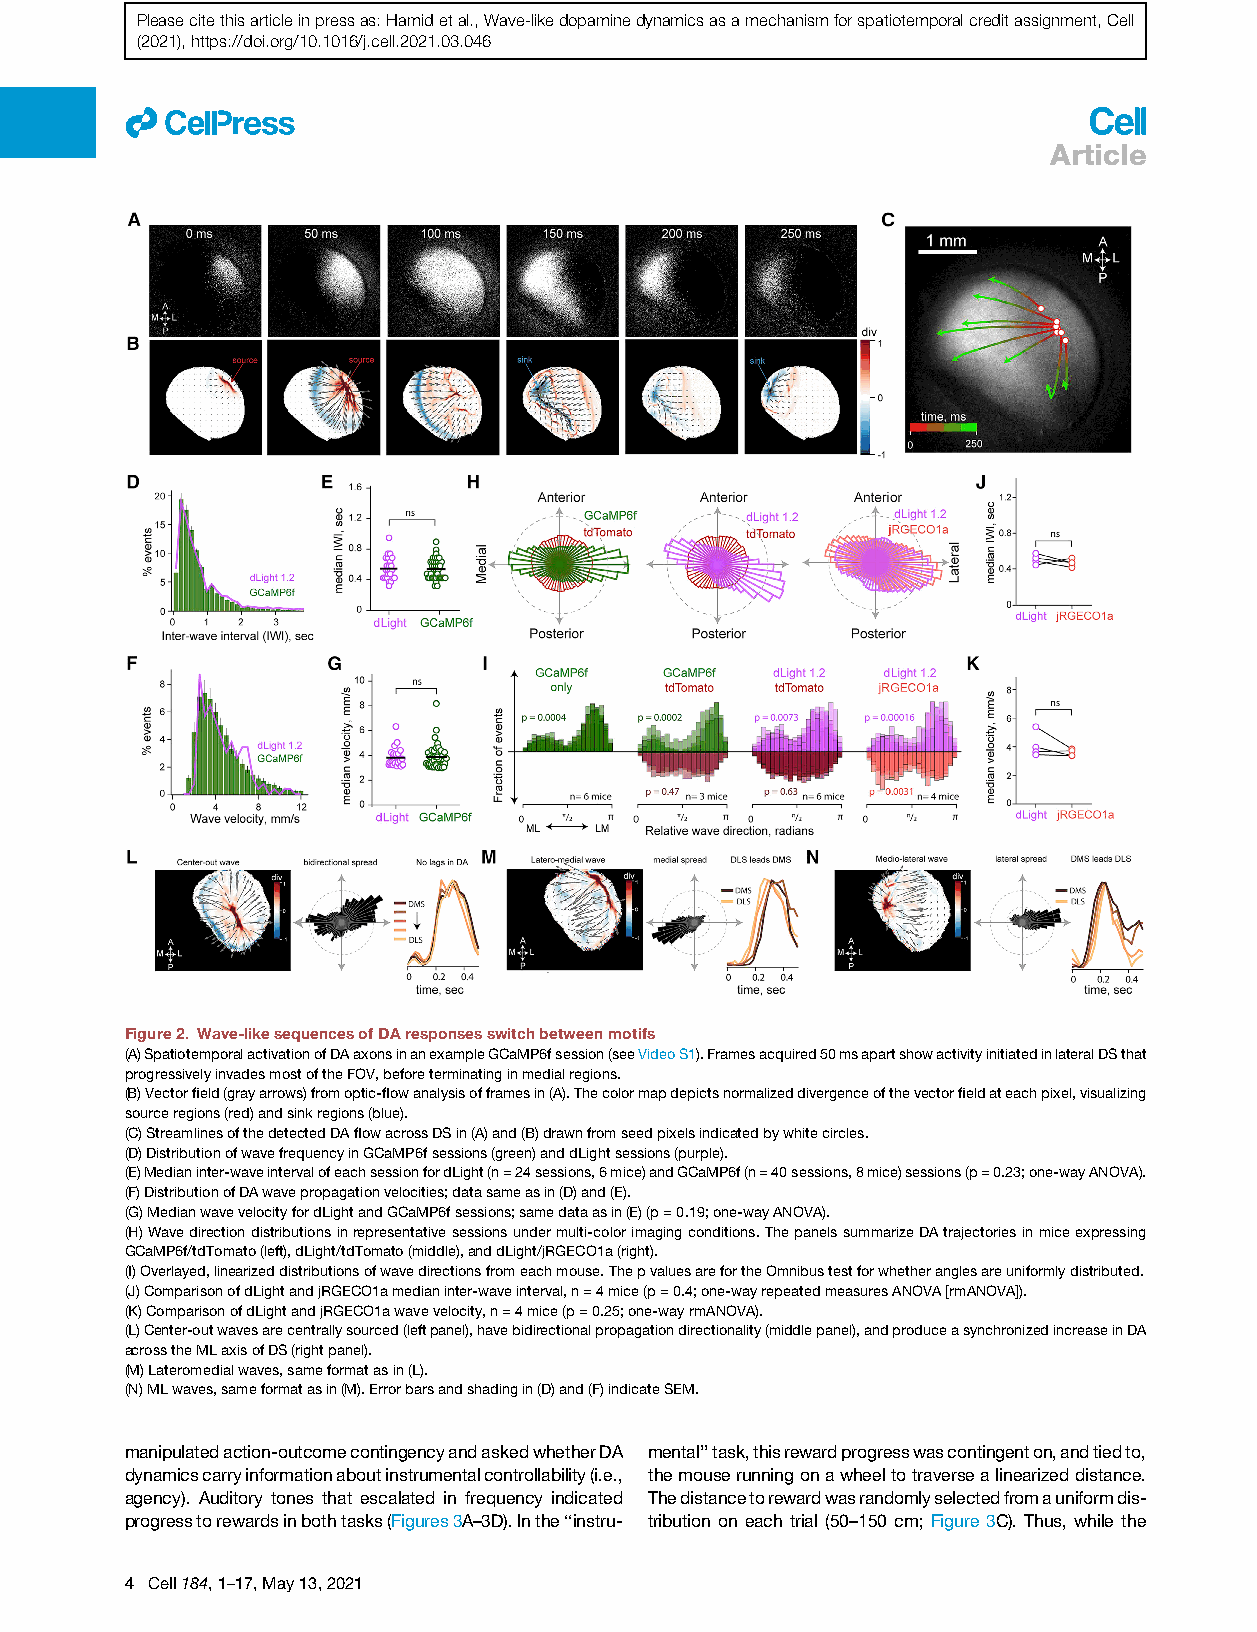
Pleasecitethisarticleinpressas:Hamidetal.,Wave-likedopaminedynamicsasamechanismforspatiotemporalcreditassignment,Cell
 (2021),https://doi.org/10.1016/j.cell.2021.03.046
 ll
 Article
 Figure2. Wave-likesequencesofDAresponsesswitchbetweenmotifs
 (A)SpatiotemporalactivationofDAaxonsinanexampleGCaMP6fsession(seeVideoS1).Framesacquired50msapartshowactivityinitiatedinlateralDSthat
 progressivelyinvadesmostoftheFOV,beforeterminatinginmedialregions.
 (B)Vectorfield(grayarrows)fromoptic-flowanalysisofframesin(A).Thecolormapdepictsnormalizeddivergenceofthevectorfieldateachpixel,visualizing
 sourceregions(red)andsinkregions(blue).
 (C)StreamlinesofthedetectedDAflowacrossDSin(A)and(B)drawnfromseedpixelsindicatedbywhitecircles.
 (D)DistributionofwavefrequencyinGCaMP6fsessions(green)anddLightsessions(purple).
 (E)Medianinter-waveintervalofeachsessionfordLight(n=24sessions,6mice)andGCaMP6f(n=40sessions,8mice)sessions(p=0.23;one-wayANOVA).
 (F)DistributionofDAwavepropagationvelocities;datasameasin(D)and(E).
 (G)MedianwavevelocityfordLightandGCaMP6fsessions;samedataasin(E)(p=0.19;one-wayANOVA).
 (H)Wavedirectiondistributionsinrepresentativesessionsundermulti-colorimagingconditions.ThepanelssummarizeDAtrajectoriesinmiceexpressing
 GCaMP6f/tdTomato(left),dLight/tdTomato(middle),anddLight/jRGECO1a(right).
 (I)Overlayed,linearizeddistributionsofwavedirectionsfromeachmouse.ThepvaluesarefortheOmnibustestforwhetheranglesareuniformlydistributed.
 (J)ComparisonofdLightandjRGECO1amedianinter-waveinterval,n=4mice(p=0.4;one-wayrepeatedmeasuresANOVA[rmANOVA]).
 (K)ComparisonofdLightandjRGECO1awavevelocity,n=4mice(p=0.25;one-wayrmANOVA).
 (L)Center-outwavesarecentrallysourced(leftpanel),havebidirectionalpropagationdirectionality(middlepanel),andproduceasynchronizedincreaseinDA
 acrosstheMLaxisofDS(rightpanel).
 (M)Lateromedialwaves,sameformatasin(L).
 (N)MLwaves,sameformatasin(M).Errorbarsandshadingin(D)and(F)indicateSEM.
 manipulatedaction-outcomecontingencyandaskedwhetherDA mental’’task,thisrewardprogresswascontingenton,andtiedto,
 dynamicscarryinformationaboutinstrumentalcontrollability(i.e., themouserunningonawheeltotraversealinearizeddistance.
 agency). Auditory tones that escalated in frequency indicated Thedistancetorewardwasrandomlyselectedfromauniformdis-
 progresstorewardsinbothtasks(Figures3A–3D).Inthe‘‘instru- tribution on each trial (50–150 cm; Figure 3C). Thus, while the
 4 Cell184,1–17,May13,2021